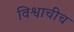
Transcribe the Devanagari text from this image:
विश्वाचीच